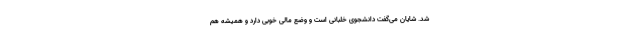
شد. شایان می‌گفت دانشجوی خلبانی است و وضع مالی خوبی دارد و همیشه هم